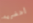
أحضريه